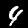
Label: 4